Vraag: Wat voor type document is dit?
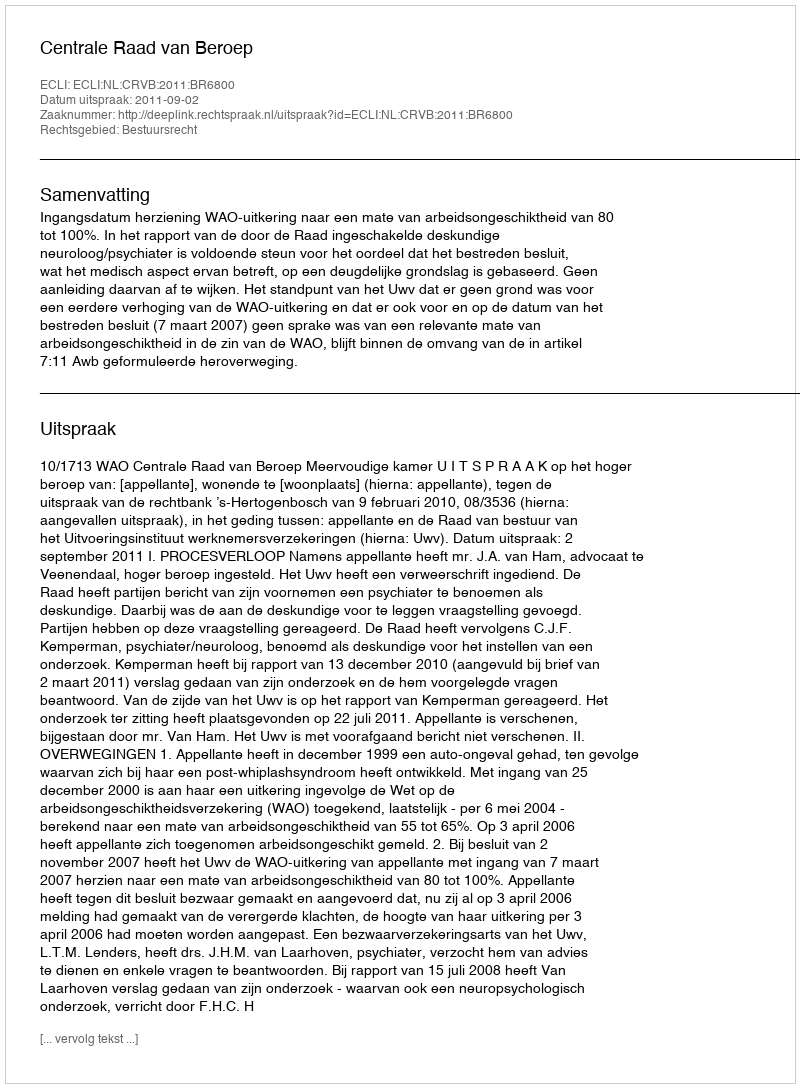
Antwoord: Uitspraak